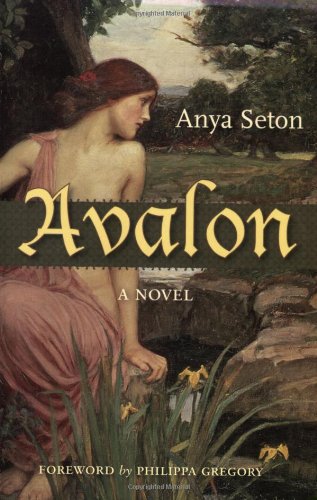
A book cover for Avalon: A Novel (Rediscovered Classics); Anya Seton; Romance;